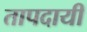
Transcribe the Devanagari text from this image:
तापदायी